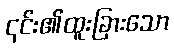
၎င်း၏ထူးခြားသော